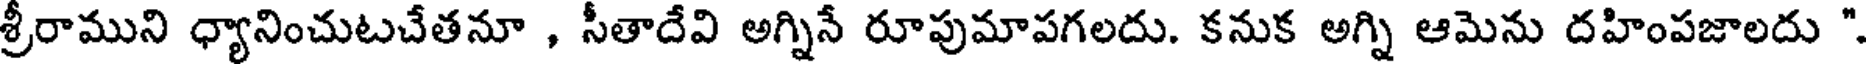
శ్రీరాముని ధ్యానించుటచేతనూ , సీతాదేవి అగ్నినే రూపుమాపగలదు. కనుక అగ్ని ఆమెను దహింపజాలదు ".